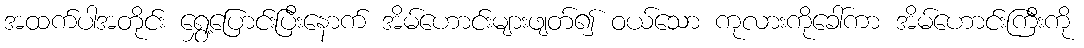
အထက်ပါအတိုင်း ရွှေ့ပြောင်းပြီးနောက် အိမ်ဟောင်းများဖျတ်၍ ဝယ်သော ကုလားကိုခေါ်ကာ အိမ်ဟောင်းကြီးကို